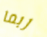
ربما